画像に写った文字を読んでください
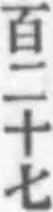
「百二十七」と書いてあります